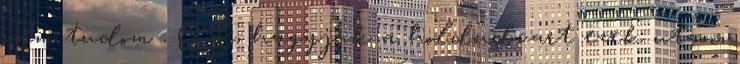
nem tudom . OK, hagyjuk a holdudvart ezek utan,